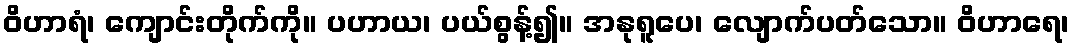
ဝိဟာရံ၊ ကျောင်းတိုက်ကို။ ပဟာယ၊ ပယ်စွန့်၍။ အနုရူပေ၊ လျောက်ပတ်သော။ ဝိဟာရေ၊